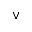
\lor